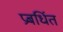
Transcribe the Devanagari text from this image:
प्रबर्धित